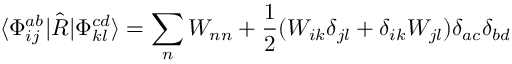
\langle \Phi _ { i j } ^ { a b } | \hat { R } | \Phi _ { k l } ^ { c d } \rangle = \sum _ { n } W _ { n n } + \frac { 1 } { 2 } ( W _ { i k } \delta _ { j l } + \delta _ { i k } W _ { j l } ) \delta _ { a c } \delta _ { b d }